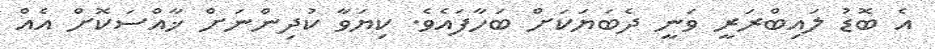
އެ ބޮޑު ލައިބްރަރީ ވަނީ ދެބަޔަކަށް ބަހާފައެވެ. ކިޔަވާ ކުދިންނަށް ޚާއްސަކޮށް އެއް